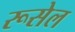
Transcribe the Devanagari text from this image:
रूसेल